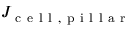
J _ { \mathrm { ~ c ~ e ~ l ~ l ~ , ~ p ~ i ~ l ~ l ~ a ~ r ~ } }